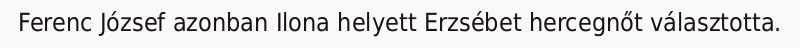
Ferenc József azonban Ilona helyett Erzsébet hercegnőt választotta.